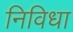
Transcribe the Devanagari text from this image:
निविधा